Report of the Indian Hemp Drugs Commission, 1894-1895 - Volume IV
Year: 1894
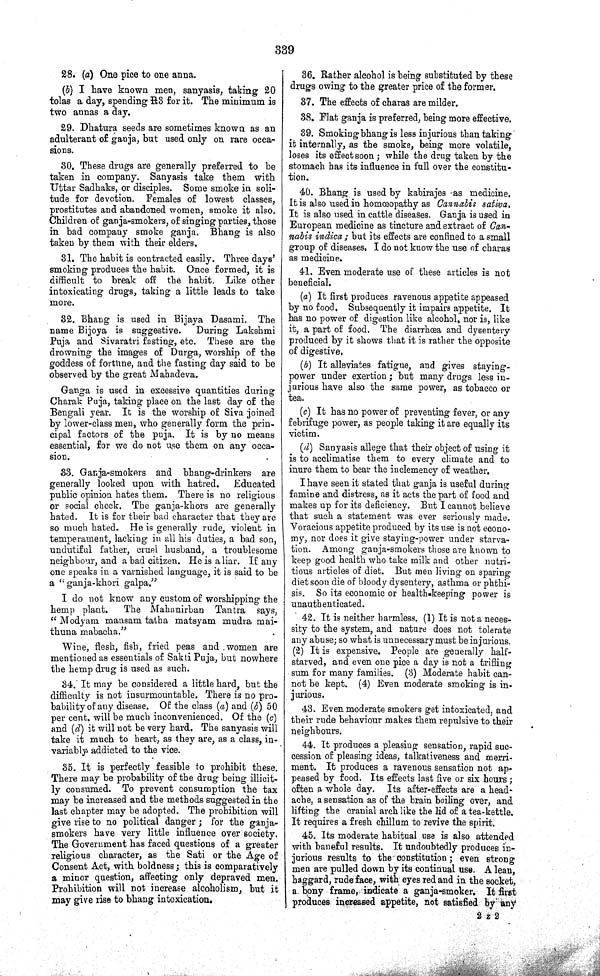
339
28. (a) One pice to one anna.
(b) I have known men, sanyasis, taking 20
tolas a day, spending R3 for it. The minimum is
two annas a day.
29. Dhatura seeds are sometimes known as an
adulterant of ganja, but used only on rare occa-
sions.
30. These drugs are generally preferred to be
taken in company. Sanyasis take them with
Uttar Sadhaks, or disciples. Some smoke in soli-
tude for devotion. Females of lowest classes,
prostitutes and abandoned women, smoke it also.
Children of ganja-smokers, of singing parties, those
in bad company smoke ganja. Bhang is also
taken by them with their elders.
31. The habit is contracted easily. Three days'
smoking produces the habit. Once formed, it is
difficult to break off the habit. Like other
intoxicating drugs, taking a little leads to take
more.
32. Bhang is used in Bijaya Dasami. The
name Bijoya is suggestive.
During Lakshmi
Puja and Sivaratri fasting, etc. These are the
drowning the images of Durga, worship of the
goddess of fortune, and the fasting day said to be
observed by the great Mahadeva.
Ganga is used in excessive quantities during
Charak Puja, taking place on the last day of the
Bengali year. It is the worship of Siva joined
by lower-class men, who generally form the prin-
cipal factors of the puja. It is by no means
essential, for we do not use them on any occa-
sion.
33. Ganja-smokers and bhang-drinkers are
generally looked upon with hatred.
Educated
public opinion hates them. There is no religious
or social check. The ganja-khors are generally
hated. It is for their bad character that they are
so much hated. He is generally rude, violent in
temperament, lacking in all his duties, a bad son,
undutiful father, cruel husband, a troublesome
neighbour, and a bad citizen. He is a liar. If any
one speaks in a varnished language, it is said to be
a "ganja-khori galpa."
I do not know any custom of worshipping the
hemp plant.
The Mahanirban Tantra says,
"Modyam mansam tatha matsyam mudra mai-
thuna mabacha."
Wine, flesh, fish, fried peas and women are
mentioned as essentials of Sakti Puja, but nowhere
the hemp drug is used as such.
34. It may be considered a little hard, but the
difficulty is not insurmountable. There is no pro-
bability of any disease. Of the class (a) and (b) 50
per cent. will be much inconvenienced. Of the (c)
and (d) it will not be very hard. The sanyasis will
take it much to heart, as they are, as a class, in-
variably addicted to the vice.
35. It is perfectly feasible to prohibit these.
There may be probability of the drug being illicit-
ly consumed. To prevent consumption the tax
may be increased and the methods suggested in the
last chapter may be adopted. The prohibition will
give rise to no political danger; for the ganja-
smokers have very little influence over society.
The Government has faced questions of a greater
religious character, as the Sati or the Age of
Consent Act, with boldness; this is comparatively
a minor question, affecting only depraved men.
Prohibition will not increase alcoholism, but it
may give rise to bhang intoxication.
36. Rather alcohol is being substituted by these
drugs owing to the greater price of the former.
37. The effects of charas are milder.
3.8. Flat ganja is preferred, being more effective.
39. Smoking bhang is less injurious than taking
it internally, as the smoke, being more volatile,
loses its effect soon; while the drug taken by the
stomach has its influence in full over the constitu-
tion.
40. Bhang is used by kabirajes as medicine.
It is also used in homœopathy as Cannabis sativa.
It is also used in cattle diseases. Ganja is used in
European medicine as tincture and extract of Can-
nabis indica; but its effects are confined to a small
group of diseases. I do not know the use of charas
as medicine.
41. Even moderate use of these articles is not
beneficial.
(a) It first produces ravenous appetite appeased
by no food. Subsequently it impairs appetite. It
has no power of digestion like alcohol, nor is, like
it, a part of food. The diarrhœa and dysentery
produced by it shows that it is rather the opposite
of digestive.
(b) It alleviates fatigue, and gives staying-
power under exertion; but many drugs less in-
jurious have also the same power, as tobacco or
tea.
(c) It has no power of preventing fever, or any
febrifuge power, as people taking it are equally its
victim.
(d) Sanyasis allege that their object of using it
is to acclimatise them to every climate and to
inure them to bear the inclemency of weather.
I have seen it stated that ganja is useful during
famine and distress, as it acts the part of food and
makes up for its deficiency. But I cannot believe
that such a statement was ever seriously made.
Voracious appetite produced by its use is not econo-
my, nor does it give staying-power under starva-
tion. Among ganja-smokers those are known to
keep good health who take milk and other nutri-
tious articles of diet. But men living on sparing
diet soon die of bloody dysentery, asthma or phthi-
sis. So its economic or health-keeping power is
unauthenticated.
42. It is neither harmless. (1) It is not a neces-
sity to the system, and nature does not tolerate
any abuse; so what is unnecessary must be injurious.
(2) It is expensive. People are generally half-
starved, and even one pice a day is not a trifling
sum for many families. (3) Moderate habit can-
not be kept. (4) Even moderate smoking is in-
jurious.
43. Even moderate smokers get intoxicated, and
their rude behaviour makes them repulsive to their
neighbours.
44. It produces a pleasing sensation, rapid suc-
cession of pleasing ideas, talkativeness and merri-
ment. It produces a ravenous sensation not ap-
peased by food. Its effects last five or six hours;
often a whole day. Its after-effects are a head-
ache, a sensation as of the brain boiling over, and
lifting the cranial arch like the lid of a tea-kettle.
It requires a fresh chillum to revive the spirit.
45. Its moderate habitual use is also attended
with baneful results. It undoubtedly produces in-
jurious results to the constitution; even strong
men are pulled down by its continual use. A lean,
haggard, rude face, with eyes red and in the socket,
a. bony frame, indicate a ganja-smoker. It first
produces increased appetite, not satisfied by any
2 Z 2